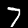
Digit: 7